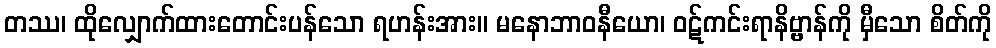
တဿ၊ ထိုလျှောက်ထားတောင်းပန်သော ရဟန်းအား။ မနောဘာဝနီယော၊ ဝဋ်ကင်းရာနိဗ္ဗာန်ကို မှီသော စိတ်ကို